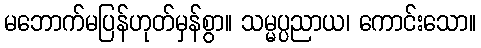
မဘောက်မပြန်ဟုတ်မှန်စွာ။ သမ္မပ္ပညာယ၊ ကောင်းသော။